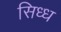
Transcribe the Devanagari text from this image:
सिध्ध